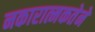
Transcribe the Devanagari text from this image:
नकारात्मकतेने